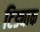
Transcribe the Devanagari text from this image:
टिड्याक